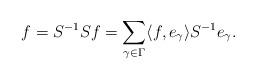
LaTeX: \begin{align*}f = S^{-1} S f = \sum_{\gamma \in \Gamma} \langle f, e_\gamma \rangle S^{-1} e_\gamma .\end{align*}